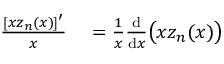
\begin{array} { r l } { \frac { [ x z _ { n } ( x ) ] ^ { \prime } } { x } } & { { } = \frac { 1 } { x } \frac { \mathrm { d } } { \mathrm { d } x } \big ( x z _ { n } ( x ) \big ) } \end{array}